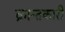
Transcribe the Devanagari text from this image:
क्रान्तकारी